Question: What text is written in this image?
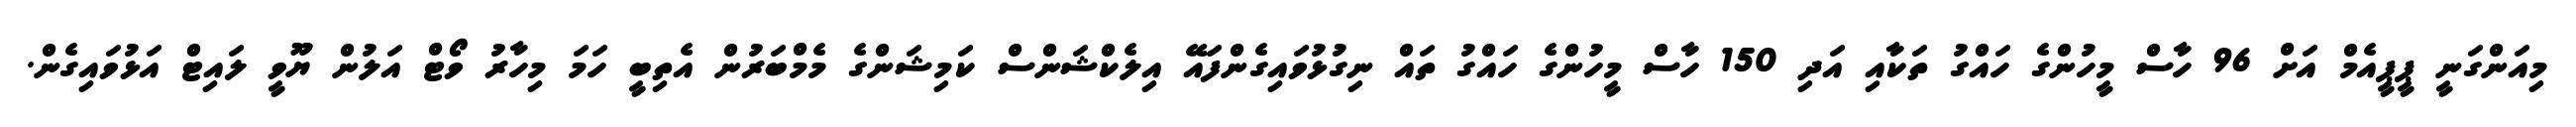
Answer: މިއަންގަނީ ޕީޕީއެމް އަށް 96 ހާސް މީހުންގެ ހައްގު ތަކާއި އަދި 150 ހާސް މީހުންގެ ހައްގު ތައް ނިގުޅުވައިގެންފައޭ އިލެކްޝަންސް ކަމިޝަންގެ މެމްބަރުން އެތިބީ ހަމަ މިހާރު ވޯޓް އަލުން ޔޫވީ ލައިޓް އަޅުވައިގެން.